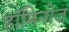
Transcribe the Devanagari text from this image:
डॉमिनोज